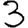
Digit: 3